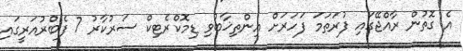
އެ ގޮތުން ރާއްޖޭގައި ފުރަތަމަ ފަހަރަށް އިންތިޚާބުވި ޑިމޮކްރެޓިކް ސަރުކާރު 7 ފެބްރުއަރީގައި